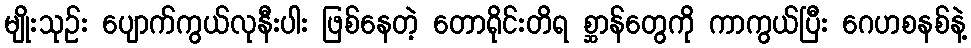
မျိုးသုဉ်း ပျောက်ကွယ်လုနီးပါး ဖြစ်နေတဲ့ တောရိုင်းတိရ စ္ဆာန်တွေကို ကာကွယ်ပြီး ဂေဟစနစ်နဲ့